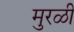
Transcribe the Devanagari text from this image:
मुरळी